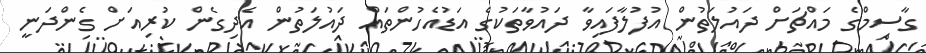
ގާސިމްގެ މައްޗަށް ދައުލަތުން އުފުލާފައިވާ ދައުވާތަކުގެ އަޑުއެހުންތައް ދައުލަތުން އެދިގެން ކުރިއަށް ގެންދަނީ